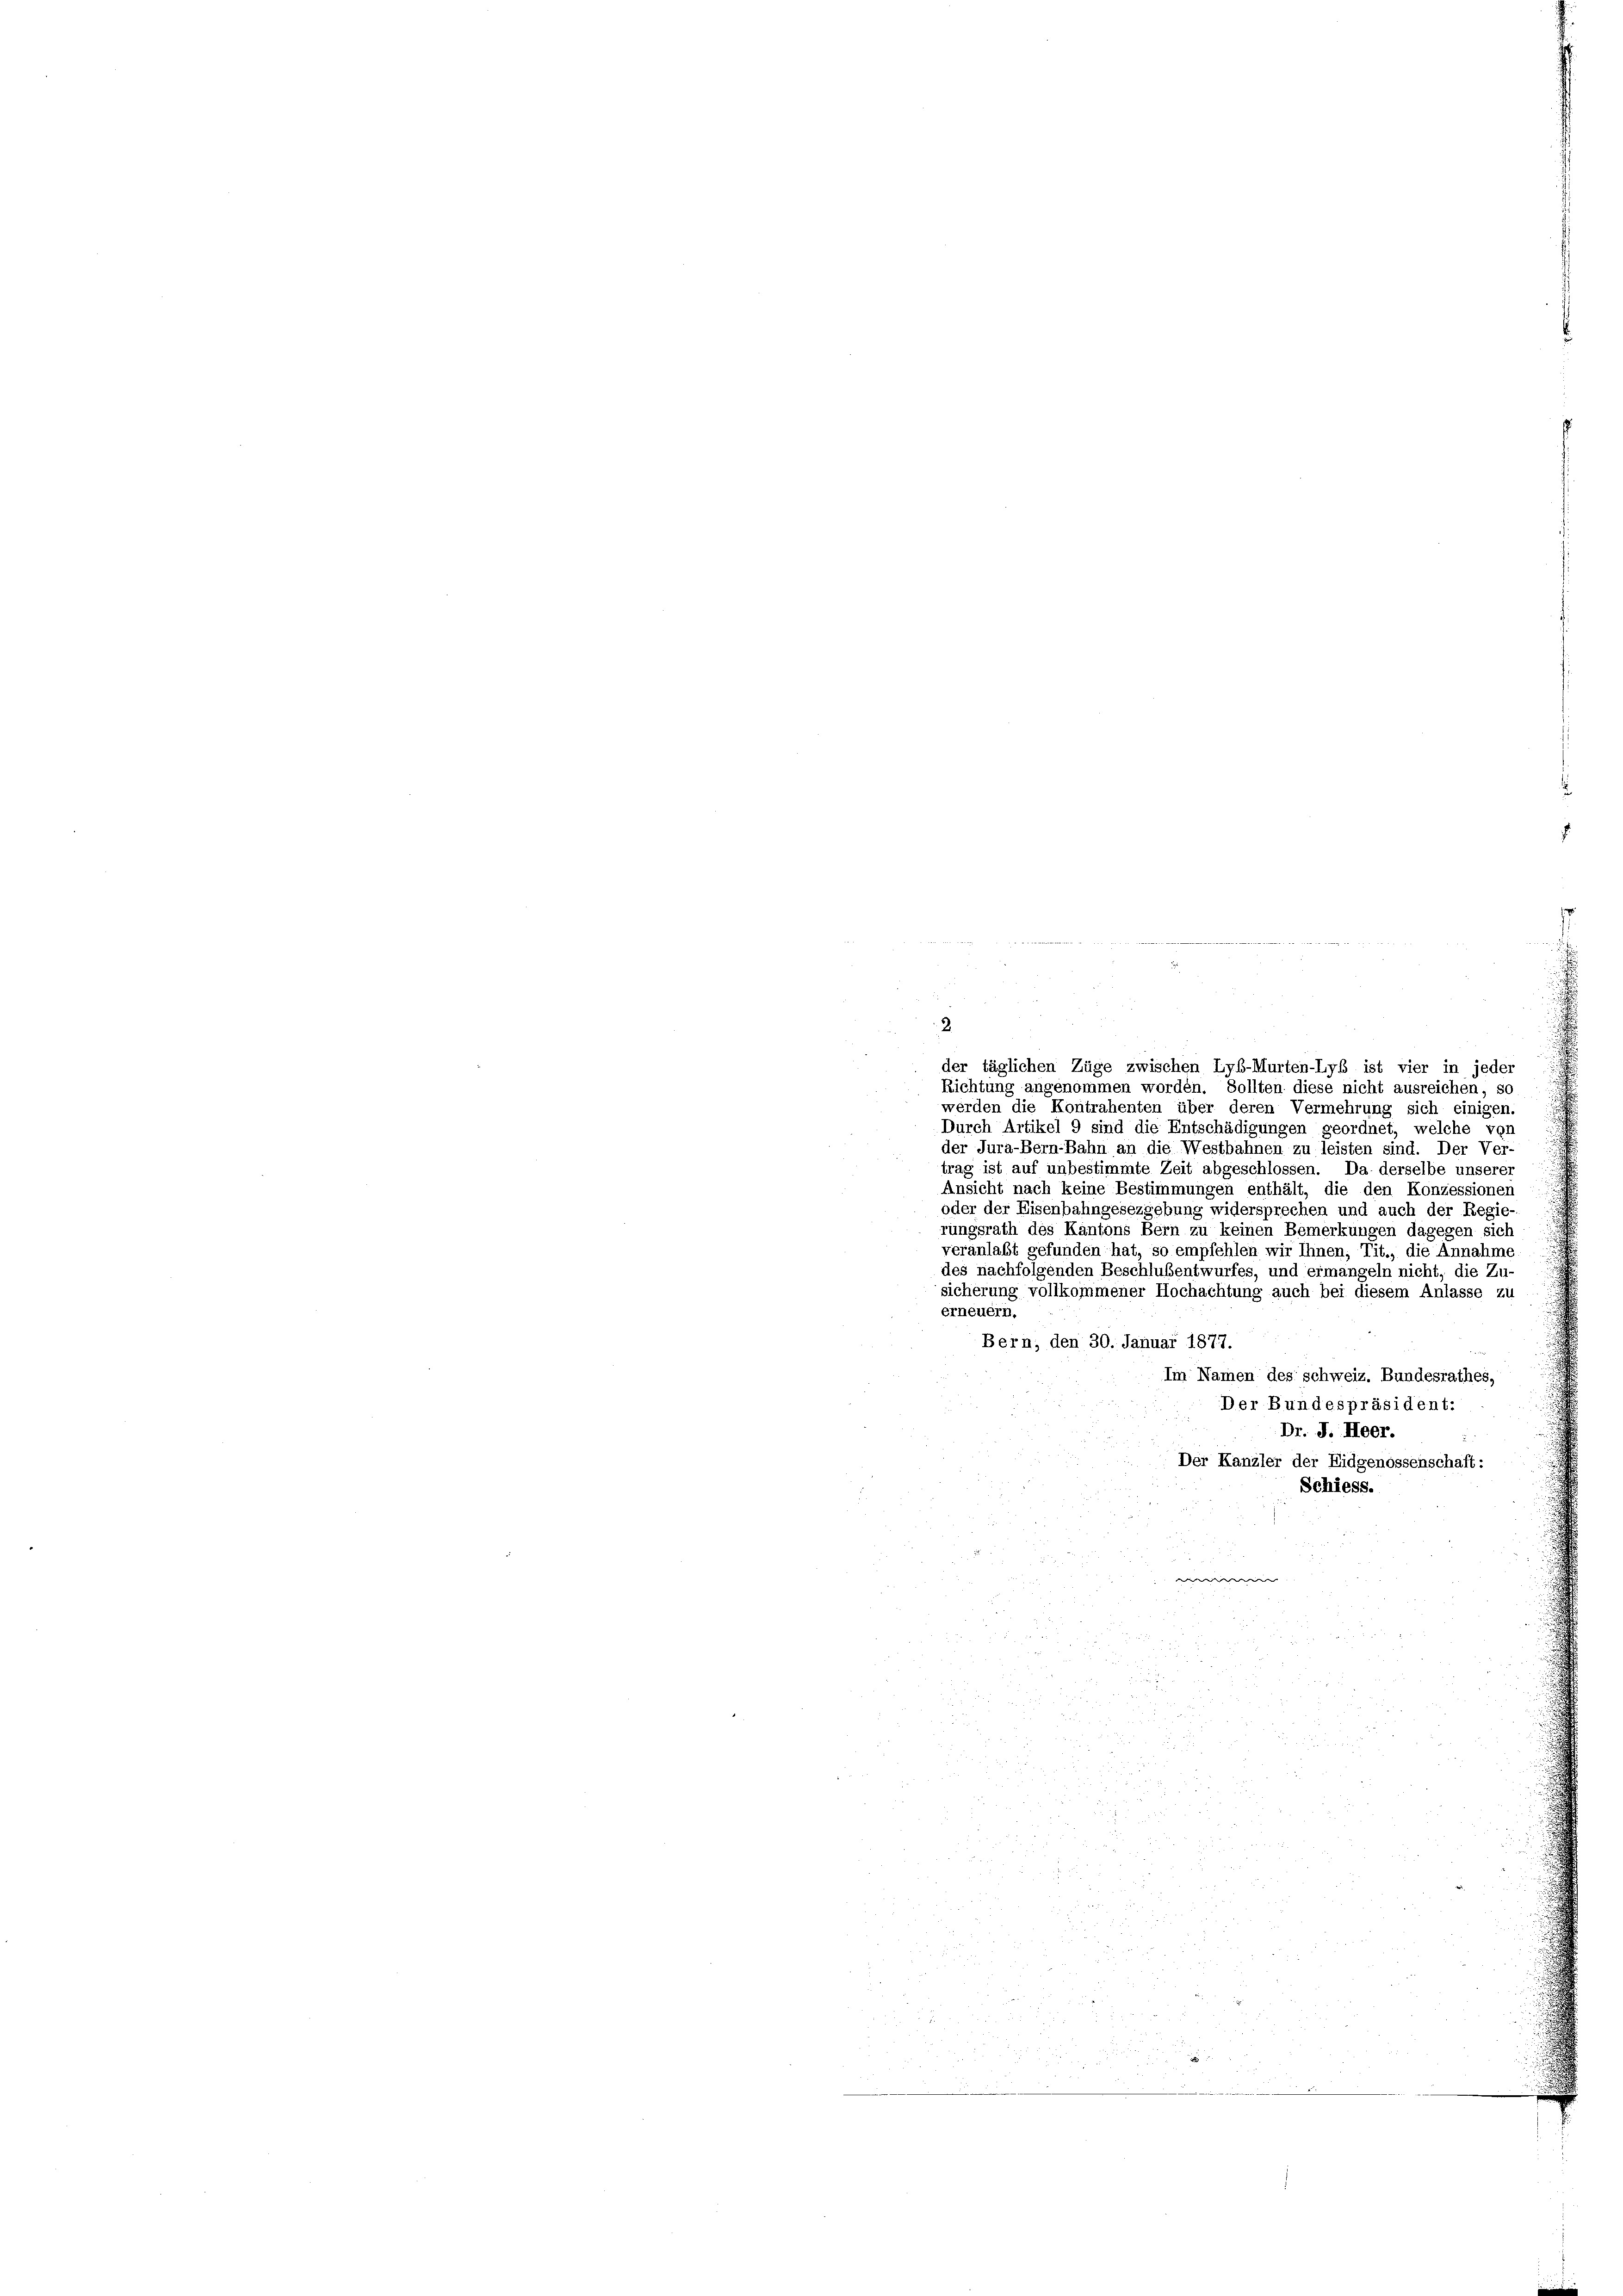
2.
der täglichen Züge zwischen Lyb-Murten-Lyß ist vier in jeder
Richtung angenommen worden. Sollten diese nicht ausreichen, so
werden die Kontrahenten über deren Vermehrung sich einigen.
Durch Artikel 9 sind die Entschädigungen geordnet, welche von
der Jura-Bern-Bahn an die Westbahnen zu leisten sind. Der Ver-
trag ist auf unbestimmte Zeit abgeschlossen. Da derselbe unserer
Ansicht nach keine Bestimmungen enthält, die den Konzessionen
oder der Eisenbahngesezgebung widersprechen und auch der Regie-
rungsrath des Kantons Bern zu keinen Bemerkungen dagegen sich
veranlaßt gefunden hat, so empfehlen wir Ihnen, Tit., die Annahme
des nachfolgenden Beschlussentwurfes, und ermangeln nicht, die Zu-
sicherung vollkommener Hochachtung auch bei diesem Anlasse zu
erneuern.
Bern, den 30. Januar 1877.
Im Namen des schweiz. Bundesrathes,
Der Bundespräsident:
Dr. J. Heer.
Der Kanzler der Eidgenossenschaft:
Schiess.
we
i
5
r
än

a
2
n